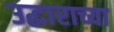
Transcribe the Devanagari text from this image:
उद्धाराच्या